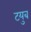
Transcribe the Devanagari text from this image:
टयुब